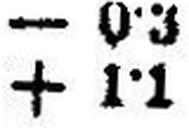
+ 1•1